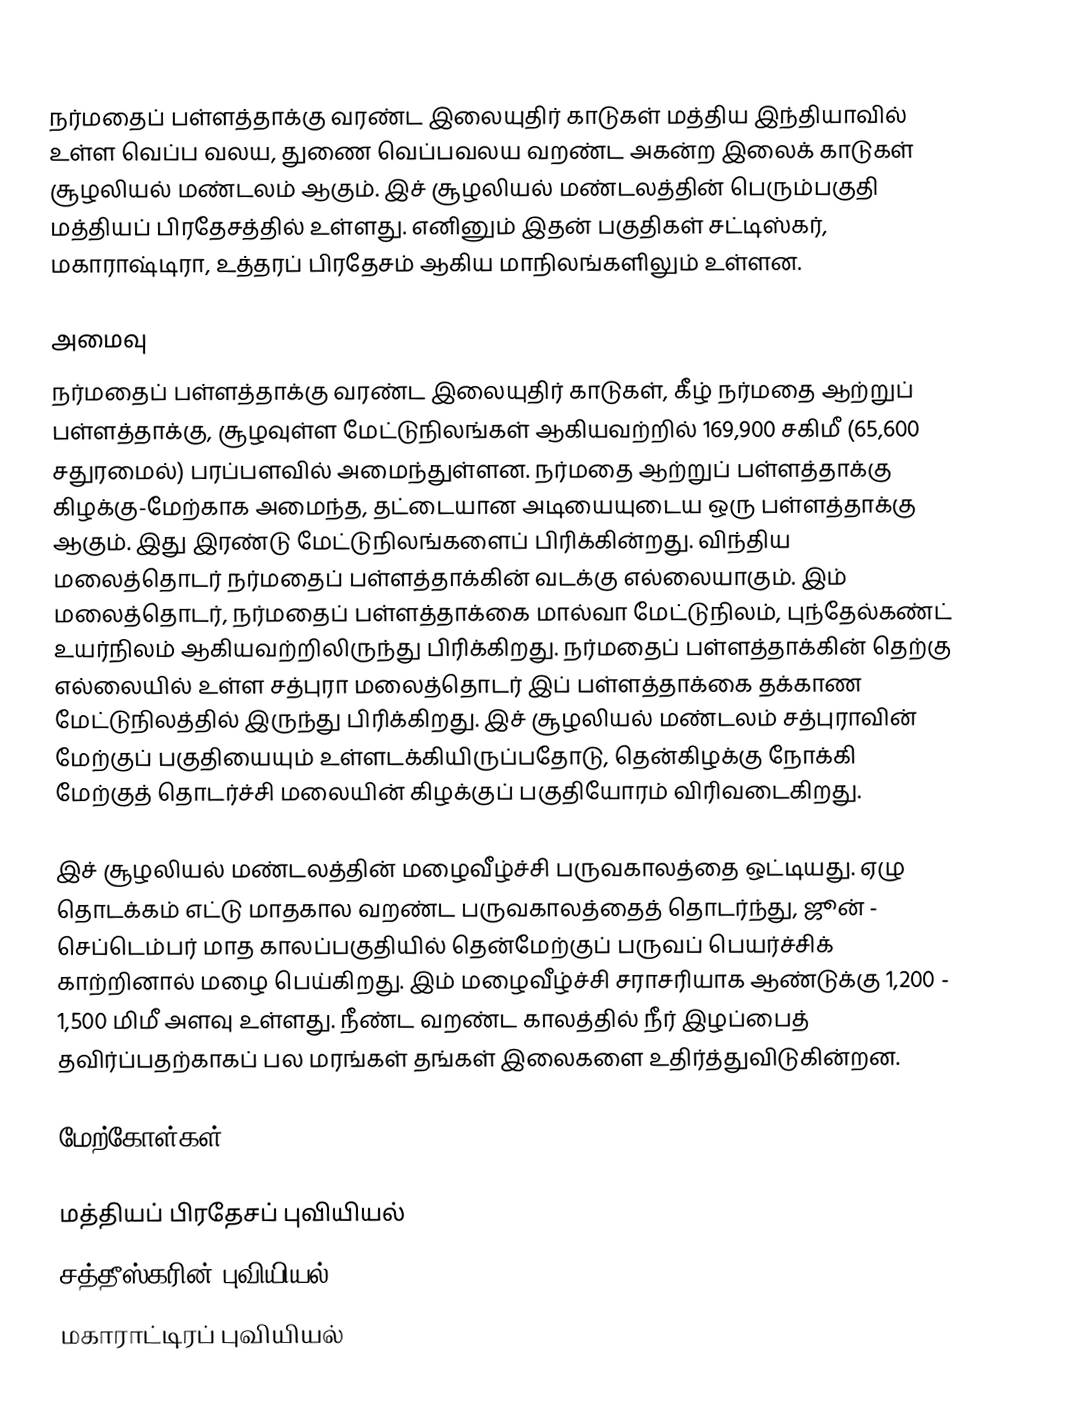
நர்மதைப் பள்ளத்தாக்கு வரண்ட இலையுதிர் காடுகள் மத்திய இந்தியாவில் உள்ள வெப்ப வலய, துணை வெப்பவலய வறண்ட அகன்ற இலைக் காடுகள்  சூழலியல் மண்டலம் ஆகும். இச் சூழலியல் மண்டலத்தின் பெரும்பகுதி மத்தியப் பிரதேசத்தில் உள்ளது. எனினும் இதன் பகுதிகள் சட்டிஸ்கர், மகாராஷ்டிரா, உத்தரப் பிரதேசம் ஆகிய மாநிலங்களிலும் உள்ளன.

அமைவு
நர்மதைப் பள்ளத்தாக்கு வரண்ட இலையுதிர் காடுகள், கீழ் நர்மதை ஆற்றுப் பள்ளத்தாக்கு, சூழவுள்ள மேட்டுநிலங்கள் ஆகியவற்றில் 169,900 சகிமீ (65,600 சதுரமைல்) பரப்பளவில் அமைந்துள்ளன. நர்மதை ஆற்றுப் பள்ளத்தாக்கு கிழக்கு-மேற்காக அமைந்த, தட்டையான அடியையுடைய ஒரு பள்ளத்தாக்கு ஆகும். இது இரண்டு மேட்டுநிலங்களைப் பிரிக்கின்றது. விந்திய மலைத்தொடர் நர்மதைப் பள்ளத்தாக்கின் வடக்கு எல்லையாகும். இம் மலைத்தொடர், நர்மதைப் பள்ளத்தாக்கை மால்வா மேட்டுநிலம், புந்தேல்கண்ட் உயர்நிலம் ஆகியவற்றிலிருந்து பிரிக்கிறது. நர்மதைப் பள்ளத்தாக்கின் தெற்கு எல்லையில் உள்ள சத்புரா மலைத்தொடர் இப் பள்ளத்தாக்கை தக்காண மேட்டுநிலத்தில் இருந்து பிரிக்கிறது. இச் சூழலியல் மண்டலம் சத்புராவின் மேற்குப் பகுதியையும் உள்ளடக்கியிருப்பதோடு, தென்கிழக்கு நோக்கி மேற்குத் தொடர்ச்சி மலையின் கிழக்குப் பகுதியோரம் விரிவடைகிறது.

இச் சூழலியல் மண்டலத்தின் மழைவீழ்ச்சி பருவகாலத்தை ஒட்டியது. ஏழு தொடக்கம் எட்டு மாதகால வறண்ட பருவகாலத்தைத் தொடர்ந்து, ஜூன் - செப்டெம்பர் மாத காலப்பகுதியில் தென்மேற்குப் பருவப் பெயர்ச்சிக் காற்றினால் மழை பெய்கிறது. இம் மழைவீழ்ச்சி சராசரியாக ஆண்டுக்கு 1,200 - 1,500 மிமீ அளவு உள்ளது. நீண்ட வறண்ட காலத்தில் நீர் இழப்பைத் தவிர்ப்பதற்காகப் பல மரங்கள் தங்கள் இலைகளை உதிர்த்துவிடுகின்றன.

மேற்கோள்கள்

மத்தியப் பிரதேசப் புவியியல்
சத்தீஸ்கரின் புவியியல்
மகாராட்டிரப் புவியியல்